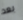
بعد